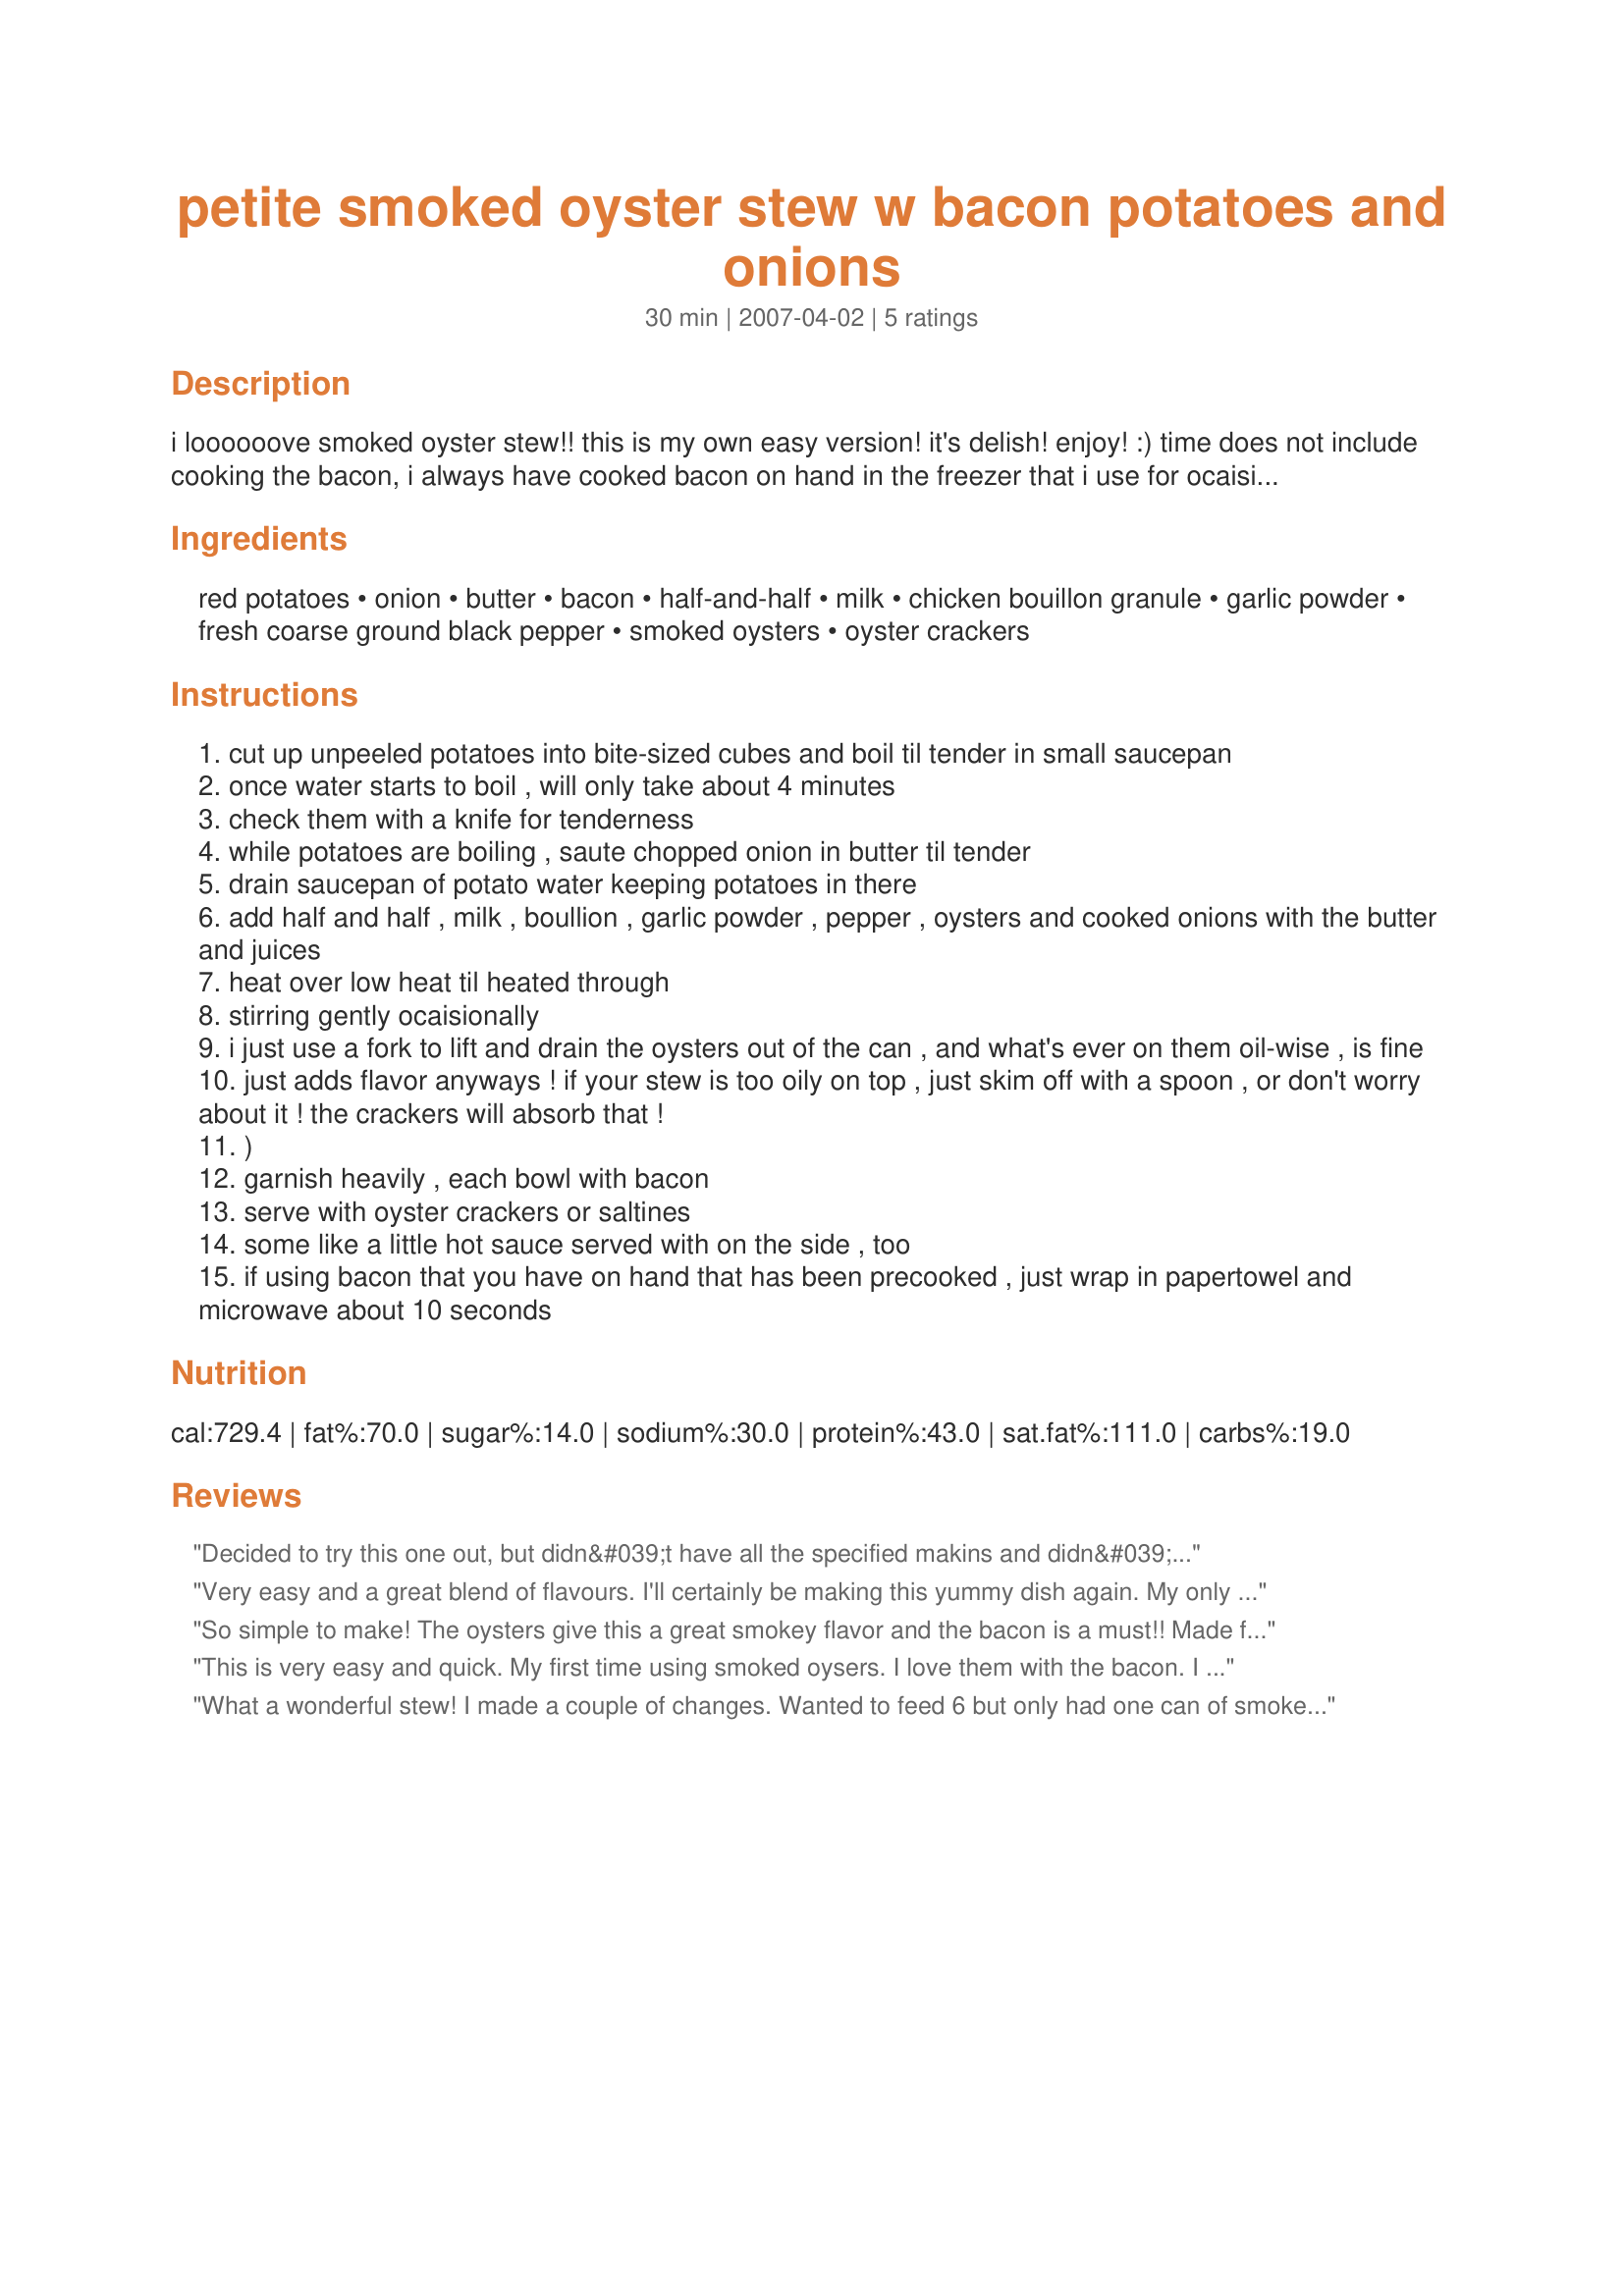
petite smoked oyster stew w bacon potatoes and onions
Preparation time: 30 minutes

i loooooove smoked oyster stew!! this is my own easy version! it's delish! enjoy! :) time does not include cooking the bacon, i always have cooked bacon on hand in the freezer that i use for ocaisions like this.

Ingredients:
red potatoes, onion, butter, bacon, half-and-half, milk, chicken bouillon granule, garlic powder, fresh coarse ground black pepper, smoked oysters, oyster crackers

Steps:
cut up unpeeled potatoes into bite-sized cubes and boil til tender in small saucepan
once water starts to boil , will only take about 4 minutes
check them with a knife for tenderness
while potatoes are boiling , saute chopped onion in butter til tender
drain saucepan of potato water keeping potatoes in there
add half and half , milk , boullion , garlic powder , pepper , oysters and cooked onions with the butter and juices
heat over low heat til heated through
stirring gently ocaisionally
i just use a fork to lift and drain the oysters out of the can , and what's ever on them oil-wise , is fine
just adds flavor anyways ! if your stew is too oily on top , just skim off with a spoon , or don't worry about it ! the crackers will absorb that !
)
garnish heavily , each bowl with bacon
serve with oyster crackers or saltines
some like a little hot sauce served with on the side , too
if using bacon that you have on hand that has been precooked , just wrap in papertowel and microwave about 10 seconds

Reviews:
Decided to try this one out, but didn&#039;t have all the specified makins and didn&#039;t feel like a 30 mile drive to the store so I changed up the recipe. used a can of chicken broth instead of bullion, used 2 cups of milk instead of half and half. didn&#039;t have smoked oysters (never acquired a taste for them) so I used a 8 oz can of whole oysters. used minced garlic and added some parsley. Smelled wonderful, enough so that about the time it was ready, I opened the door and miss Tulip, Beagle who doesn&#039;t think much of indoor living invited herself for supper. I&#039;ll be using t`his recipe again soon
Very easy and a great blend of flavours. I'll certainly be making this yummy dish again. My only changes were to use minced garlic instead of the garlic powder and to add a thinly sliced leek, both sauteed with the onion. I love oysters kilptrick and the combination of the oysters with bacon is reminiscent of that. I used low fat milk and low fat sour cream, as half-and-half is not an ingredient I'm familiar with. The final dish was certainly creamy enough for our tastes. Made for Ali Baba's Babes for ZWT 5, and greatly enjoyed with crusty ciabatta garlic bread.
So simple to make! The oysters give this a great smokey flavor and the bacon is a must!! Made for Las Mistico Magicos Sirenas - ZWT5.
This is very easy and quick. My first time using smoked oysers. I love them with the bacon. I will make this again!
What a wonderful stew! I made a couple of changes. Wanted to feed 6 but only had one can of smoked oysters, so I added a can of chopped clams, and a few slices of smoked salmon. Used one cup of milk, one cup of half and half, and one cup of cream (more or less, didn't really measure!) Everyone loved it! Will definitely make again.
